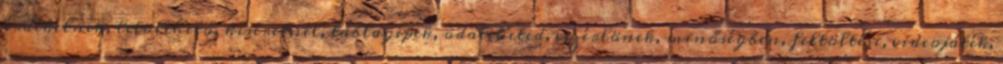
érdekelnek, letölthető, kíséretnél, táblagépek, odateheted, vezérlönek, minőségben, feltöltési, videojáték,